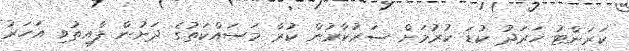
ކަރަންޓު ޚަރަދު ކުޑަ ކުރުމަށް ސަރުކާރުން ކުރާ މަސައްކަތުގެ ދަށުން ފާއިތުވި އަހަރު